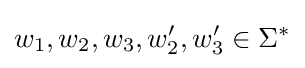
w_{1},w_{2},w_{3},w'_{2},w'_{3}\in \Sigma ^{*}